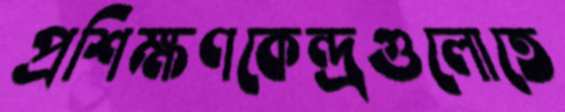
প্রশিক্ষণকেন্দ্রগুলোতে